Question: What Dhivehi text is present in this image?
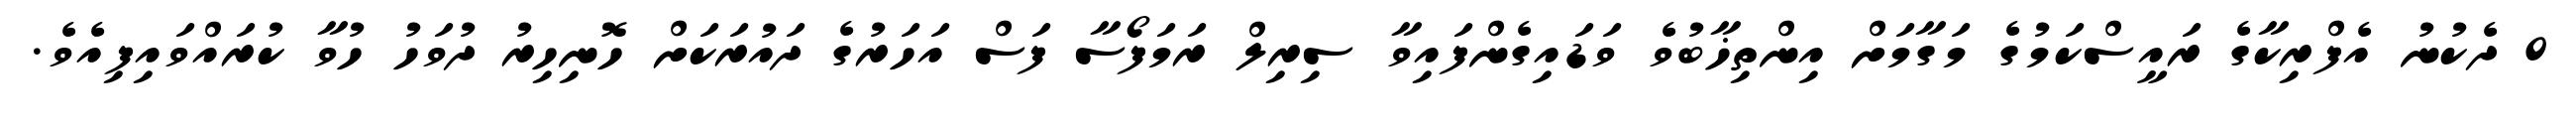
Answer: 0 ދެކުނު އެފްރިކާގެ ރައީސްކަމުގެ މަގާމަށް އިންތިޚާބުވެ ވަޑައިގެންފައިވާ ސިރިލް ރަމަފޯސާ ފަސް އަހަރުގެ ދައުރަކަށް ހޮނިހިރު ދުވަހު ހުވާ ކުރައްވައިފިއެވެ.